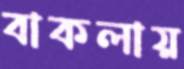
বাকলায়